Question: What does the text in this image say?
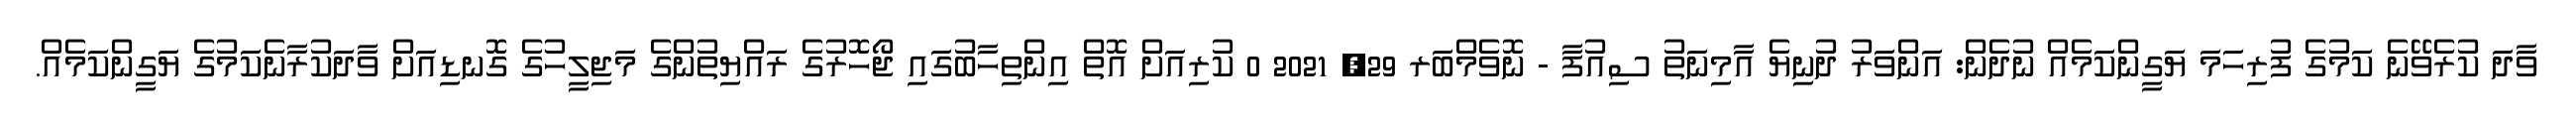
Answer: ވާދަ ކުރެވޭނެ ކަމުގެ ފުރިހަމަ ޔަގީންކަމެއް ނުދެން: އަންވަރު ދުނިޔެ އާމިނަތު ސިއުފާ - ނޮވެމްބަރ 29, 2021 0 ކުރިއަށް އޮތް އިންތިހާބުގައި ޖޯހޮރުގެ ރައްޔިތުންގެ މަޖިލީހުގެ ގޮނޑިއަށް ވާދަކުރާނެކަމުގެ ޔަގީންކަމެއް.